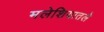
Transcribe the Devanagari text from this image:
मलेशियातले